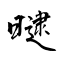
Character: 曃